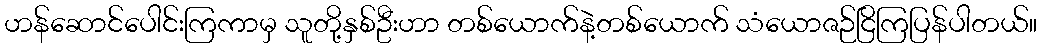
ဟန်ဆောင်ပေါင်းကြကာမှ သူတို့နှစ်ဦးဟာ တစ်ယောက်နဲ့တစ်ယောက် သံယောဇဉ်ငြိကြပြန်ပါတယ်။